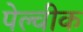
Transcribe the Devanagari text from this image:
पेल्वीक